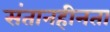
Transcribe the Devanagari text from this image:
संतानहीनता